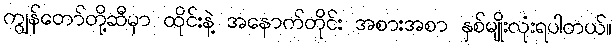
ကျွန်တော်တို့ဆီမှာ ထိုင်းနဲ့ အနောက်တိုင်း အစားအစာ နှစ်မျိုးလုံးရပါတယ်။